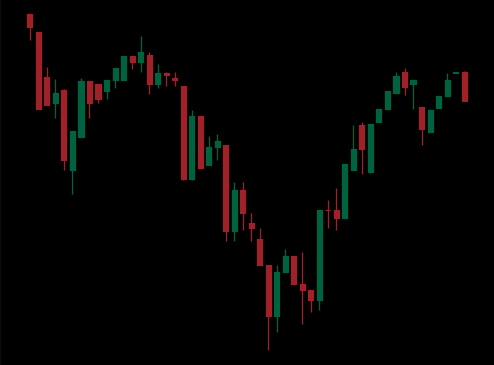
Pattern: inverse_head_shoulders